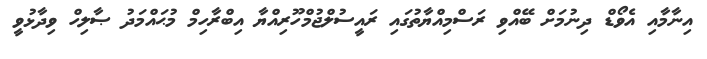
އިނާމާއި އެވޯޑް ދިނުމަށް ބޭއްވި ރަސްމިއްޔާތުގައި ރައީސުލްޖުމްހޫރިއްޔާ އިބްރާހިމް މުޙައްމަދު ޞާލިހް ވިދާޅުވީ